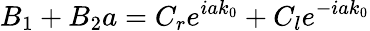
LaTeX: B_{1}+B_{2}a=C_{r}e^{iak_{0}}+C_{l}e^{-iak_{0}}